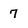
Character: 7